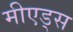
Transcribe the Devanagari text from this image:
मीएड्स